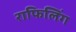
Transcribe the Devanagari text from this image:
राफिलिंग